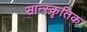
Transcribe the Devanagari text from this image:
सान्स्कृतिक